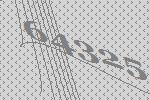
64325